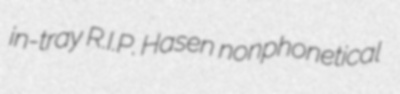
in-tray R.I.P. Hasen nonphonetical